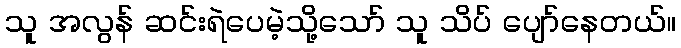
သူ အလွန် ဆင်းရဲပေမဲ့သို့သော် သူ သိပ် ပျော်နေတယ်။